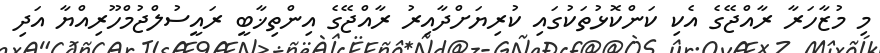
މި މުޒާހަރާ ރާއްޖޭގެ އެކި ކަންކޮޅުތަކުގައި ކުރިޔަށްދާއިރު ރާއްޖޭގެ އިންތިޚާބީ ރައީސުލްޖުމްހޫރިއްޔާ އަދި